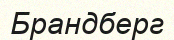
Брандберг